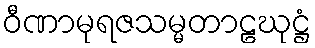
ဝီဏာမုရဇသမ္မတာဠဃုဋ္ဌံ